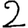
Digit: 2